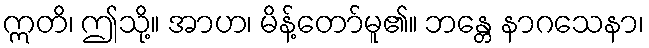
ဣတိ၊ ဤသို့။ အာဟ၊ မိန့်တော်မူ၏။ ဘန္တေ နာဂသေနာ၊